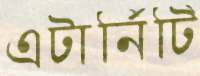
এটার্নিটি